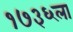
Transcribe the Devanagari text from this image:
१७३६ला